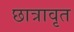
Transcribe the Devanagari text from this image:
छात्रावृत